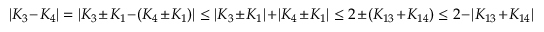
| K _ { 3 } - K _ { 4 } | = | K _ { 3 } \pm K _ { 1 } - ( K _ { 4 } \pm K _ { 1 } ) | \le | K _ { 3 } \pm K _ { 1 } | + | K _ { 4 } \pm K _ { 1 } | \le 2 \pm ( K _ { 1 3 } + K _ { 1 4 } ) \le 2 - | K _ { 1 3 } + K _ { 1 4 } |